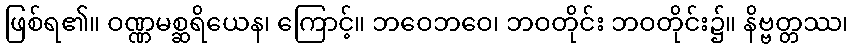
ဖြစ်ရ၏။ ဝဏ္ဏမစ္ဆရိယေန၊ ကြောင့်။ ဘဝေဘဝေ၊ ဘဝတိုင်း ဘဝတိုင်း၌။ နိဗ္ဗတ္တဿ၊